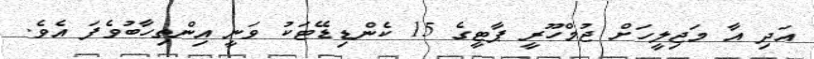
އަދި އާ މަޖިލީހަށް ޖުމްހޫރީ ޕާޓީގެ 15 ކެންޑިޑޭޓަކު ވަނީ އިންތިހާބުވެފަ އެވެ.